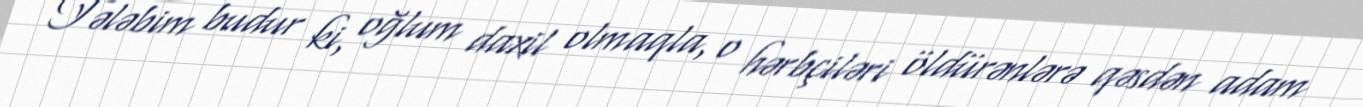
Tələbim budur ki, oğlum daxil olmaqla, o hərbçiləri öldürənlərə qəsdən adam